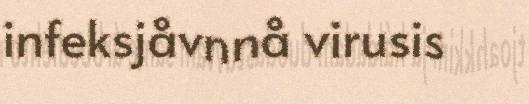
infeksjåvnnå virusis